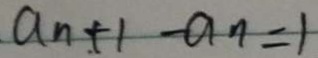
a _ { n } + 1 - a _ { n } = 1